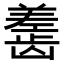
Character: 𬺎